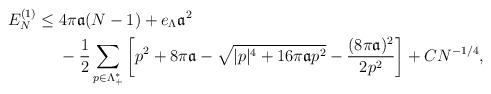
LaTeX: \begin{align*} E_N^{(1)} \le\;& 4\pi \mathfrak{a}(N-1)+e_\Lambda \mathfrak{a}^2\\&-\frac{1}{2}\sum_{p\in \Lambda_+^*}\left[ p^2+8\pi\mathfrak{a}-\sqrt{|p|^4+ 16\pi \mathfrak{a}p^2}-\frac{(8\pi \mathfrak{a})^2}{2p^2}\right]+ CN^{-1/4},\end{align*}